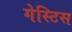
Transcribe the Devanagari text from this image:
गेस्टिस